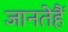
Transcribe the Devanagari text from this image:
जानतेहैं